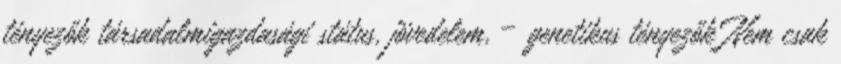
tényezők társadalmigazdasági státus, jövedelem, – genetikus tényezők Nem csak